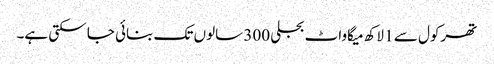
تھرکول سے 1 لاکھ میگاواٹ بجلی 300 سالوں تک بنائی جا سکتی ہے۔